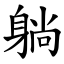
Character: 躺